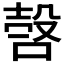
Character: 𣪥